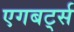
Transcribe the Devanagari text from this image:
एगबर्ट्स